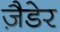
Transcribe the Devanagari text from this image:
ज़ैडेर